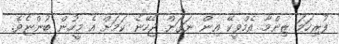
ފުރިހަމަ ޒިންމާ އެމްވީކޭ އިން ނަގަން ޖެހޭނެ ކަމަށް އެ މީހުން ބުންޏެވެ.